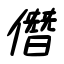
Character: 僭